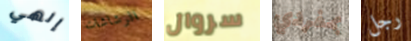
إلهي الرشاشات سروال بمفردي رجل